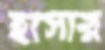
হাসার